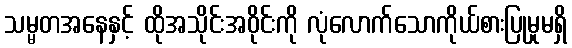
သမ္မတအနေနှင့် ထိုအသိုင်းအဝိုင်းကို လုံလောက်သောကိုယ်စားပြုမှုမရှိ